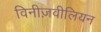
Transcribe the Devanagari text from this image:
विनीज़वीलियन